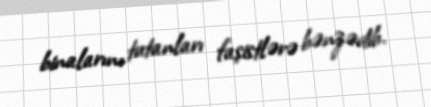
binalarını tutanları faşistlərə bənzədib.